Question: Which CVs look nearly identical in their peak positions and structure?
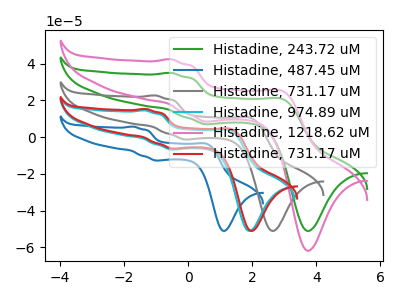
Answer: <think>The green curve "Histadine, 243.72 uM" has anodic peaks at (-0.55V, 35.00uA) (3.00V, 20.40uA) and cathodic peaks at (0.70V, 7.00uA) (3.75V, -51.10uA). The blue curve "Histadine, 487.45 uM" has anodic peaks at (-1.70V, 5.70uA) (0.60V, -3.90uA) and cathodic peaks at (-0.90V, -12.75uA) (1.15V, -51.10uA). The gray curve "Histadine, 731.17 uM" has anodic peaks at (-1.05V, 22.70uA) (2.00V, 10.20uA) and cathodic peaks at (0.00V, -1.30uA) (2.65V, -51.10uA). The cyan curve "Histadine, 974.89 uM" has anodic peaks at (-1.35V, 14.60uA) (1.35V, 3.45uA) and cathodic peaks at (-0.40V, -6.80uA) (1.95V, -51.10uA). The pink curve "Histadine, 1218.62 uM" has anodic peaks at (-0.55V, 42.40uA) (3.00V, 24.75uA) and cathodic peaks at (0.70V, 8.45uA) (3.75V, -61.85uA). The red curve "Histadine, 731.17 uM" has anodic peaks at (-1.30V, 15.35uA) (1.40V, 4.10uA) and cathodic peaks at (-0.40V, -6.25uA) (2.00V, -51.10uA).
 "Histadine, 243.72 uM" and "Histadine, 487.45 uM" have at least one peak that do not match. "Histadine, 243.72 uM" and "Histadine, 731.17 uM" have at least one peak that do not match. "Histadine, 243.72 uM" and "Histadine, 974.89 uM" have at least one peak that do not match. All the peaks in "Histadine, 243.72 uM" have a peak in "Histadine, 1218.62 uM" at the same potential. "Histadine, 243.72 uM" and "Histadine, 731.17 uM" have at least one peak that do not match. "Histadine, 487.45 uM" and "Histadine, 731.17 uM" have at least one peak that do not match. "Histadine, 487.45 uM" and "Histadine, 974.89 uM" have at least one peak that do not match. "Histadine, 487.45 uM" and "Histadine, 1218.62 uM" have at least one peak that do not match. "Histadine, 487.45 uM" and "Histadine, 731.17 uM" have at least one peak that do not match. "Histadine, 731.17 uM" and "Histadine, 974.89 uM" have at least one peak that do not match. "Histadine, 731.17 uM" and "Histadine, 1218.62 uM" have at least one peak that do not match. "Histadine, 731.17 uM" and "Histadine, 731.17 uM" have at least one peak that do not match. "Histadine, 974.89 uM" and "Histadine, 1218.62 uM" have at least one peak that do not match. "Histadine, 974.89 uM" and "Histadine, 731.17 uM" have at least one peak that do not match. "Histadine, 1218.62 uM" and "Histadine, 731.17 uM" have at least one peak that do not match.</think>
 <answer>"Histadine, 243.72 uM" and "Histadine, 1218.62 uM" have the same shape and are likely CV's of the same chemical.</answer>
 <eval>"Histadine, 243.72 uM" "Histadine, 1218.62 uM"</eval>